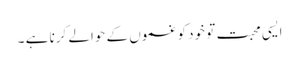
ایسی محبت تو خود کو غموں کے حوالے کرنا ہے ۔